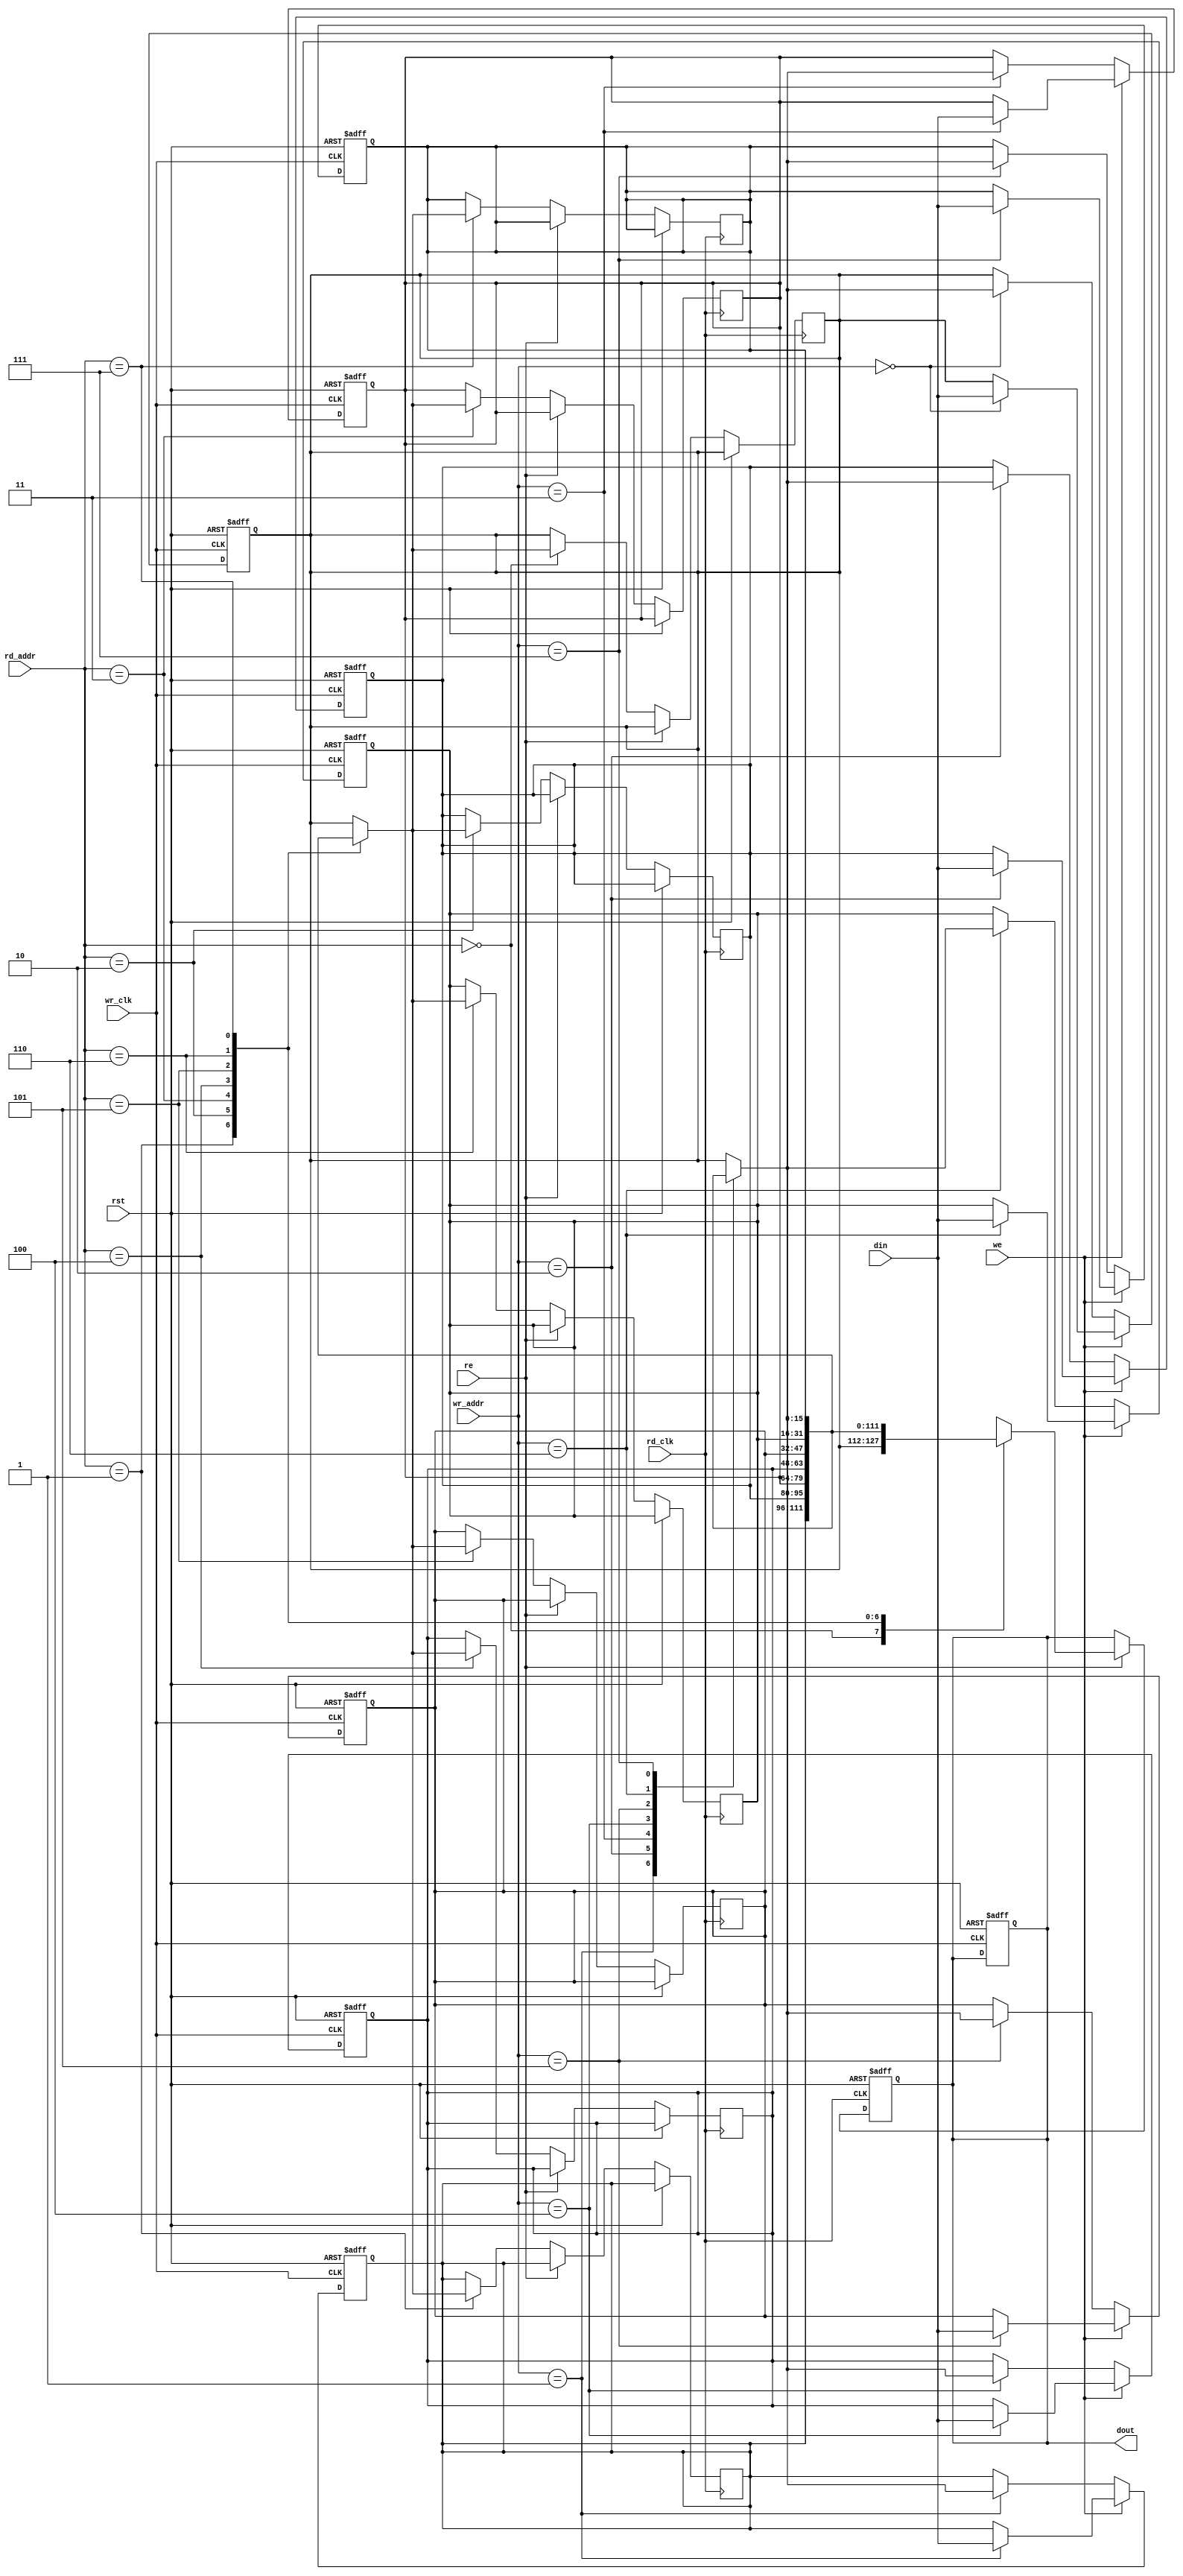
//8x16 asynchronous dual port RAM memory
module asyram(din,wr_clk,rd_clk,rst,we,re,wr_addr,
rd_addr,dout);
parameter width=16,
depth=8,addr_bus=3;
input [width-1:0]din;
input wr_clk,rd_clk,rst,we,re;
input [addr_bus-1:0]wr_addr,rd_addr;
output reg [width-1:0]dout;
reg [width-1:0]mem[depth-1:0];
integer i;
always@(posedge wr_clk or posedge rst)
begin
if(rst)
begin
dout<=0;
for(i=0;i<8;i=i+1)
mem[i]<=16'b0;
end
else if(we)
mem[wr_addr]<=din;
else
mem[wr_addr]<=mem[wr_addr];
end
always@(posedge rd_clk or posedge rst)
begin
if(rst)
dout<=0; else
if(re)
dout<=mem[rd_addr];
else
mem[rd_addr]<=mem[rd_addr];
end
endmodule